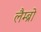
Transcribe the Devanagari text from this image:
लैम्ब्रो